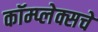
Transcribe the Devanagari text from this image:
कॉम्प्लेक्सचे